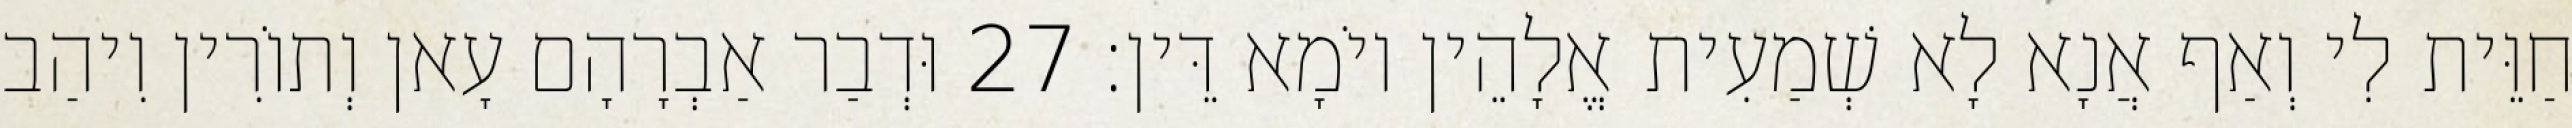
חַוֵּית לִי וְאַף אֲנָא לָא שְׁמַעִית אֱלָהֵין יוֹמָא דֵּין׃ 27 וּדְבַר אַבְרָהָם עָאן וְתוֹרִין וִיהַב